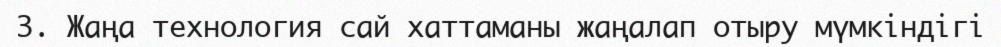
3.	Жаңа технология сай хаттаманы жаңалап отыру мүмкіндігі